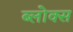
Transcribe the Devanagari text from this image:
ब्लोक्स